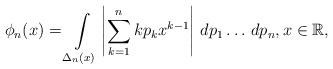
LaTeX: \begin{align*}\phi_n(x) = \int\limits_{\Delta_n(x)} \left|\sum_{k=1}^n k p_k x^{k-1}\right|\,dp_1\ldots\,dp_n, x \in \mathbb{R},\end{align*}